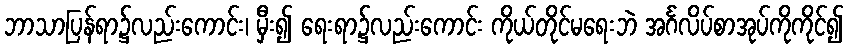
ဘာသာပြန်ရာ၌လည်းကောင်း၊ မှီး၍ ရေးရာ၌လည်းကောင်း ကိုယ်တိုင်မရေးဘဲ အင်္ဂလိပ်စာအုပ်ကိုကိုင်၍